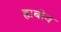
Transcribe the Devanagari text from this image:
ह्राबोव